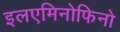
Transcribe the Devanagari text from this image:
इलएमिनोफिनो